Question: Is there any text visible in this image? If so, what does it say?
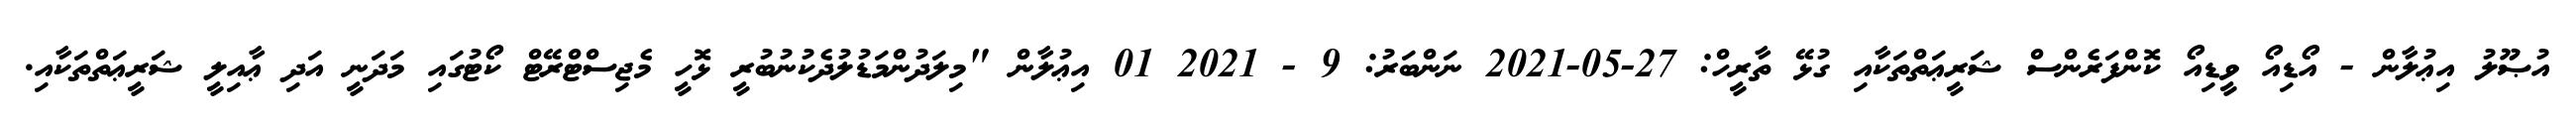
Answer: އުޞޫލު އިޢުލާން - އޯޑިއޯ ވީޑިއޯ ކޮންފަރެންސް ޝަރީޢަތްތަކާއި ގުޅޭ ތާރީހް: 27-05-2021 ނަންބަރު: 9 - 2021 01 އިޢުލާން "މިލަދުންމަޑުލުދެކުނުބުރީ ޅޮހީ މެޖިސްޓްރޭޓް ކޯޓުގައި މަދަނީ އަދި ޢާއިލީ ޝަރީޢަތްތަކާއި.